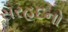
સરહદનો